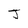
Character: J